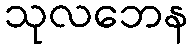
သုလဘေန